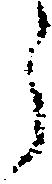
う